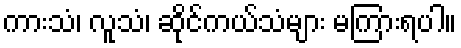
ကားသံ၊ လူသံ၊ ဆိုင်ကယ်သံများ မကြားရပါ။